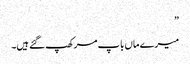
”
میرے ماں باپ مر کھپ گئے ہیں۔